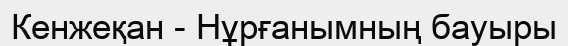
Кенжеқан - Нұрғанымның бауыры